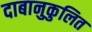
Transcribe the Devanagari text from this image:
दाबानुकुलित